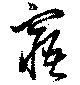
窹